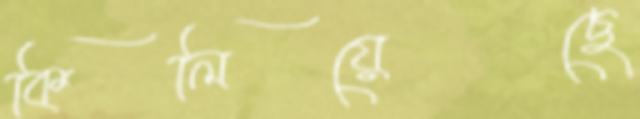
কিলিয়েছে